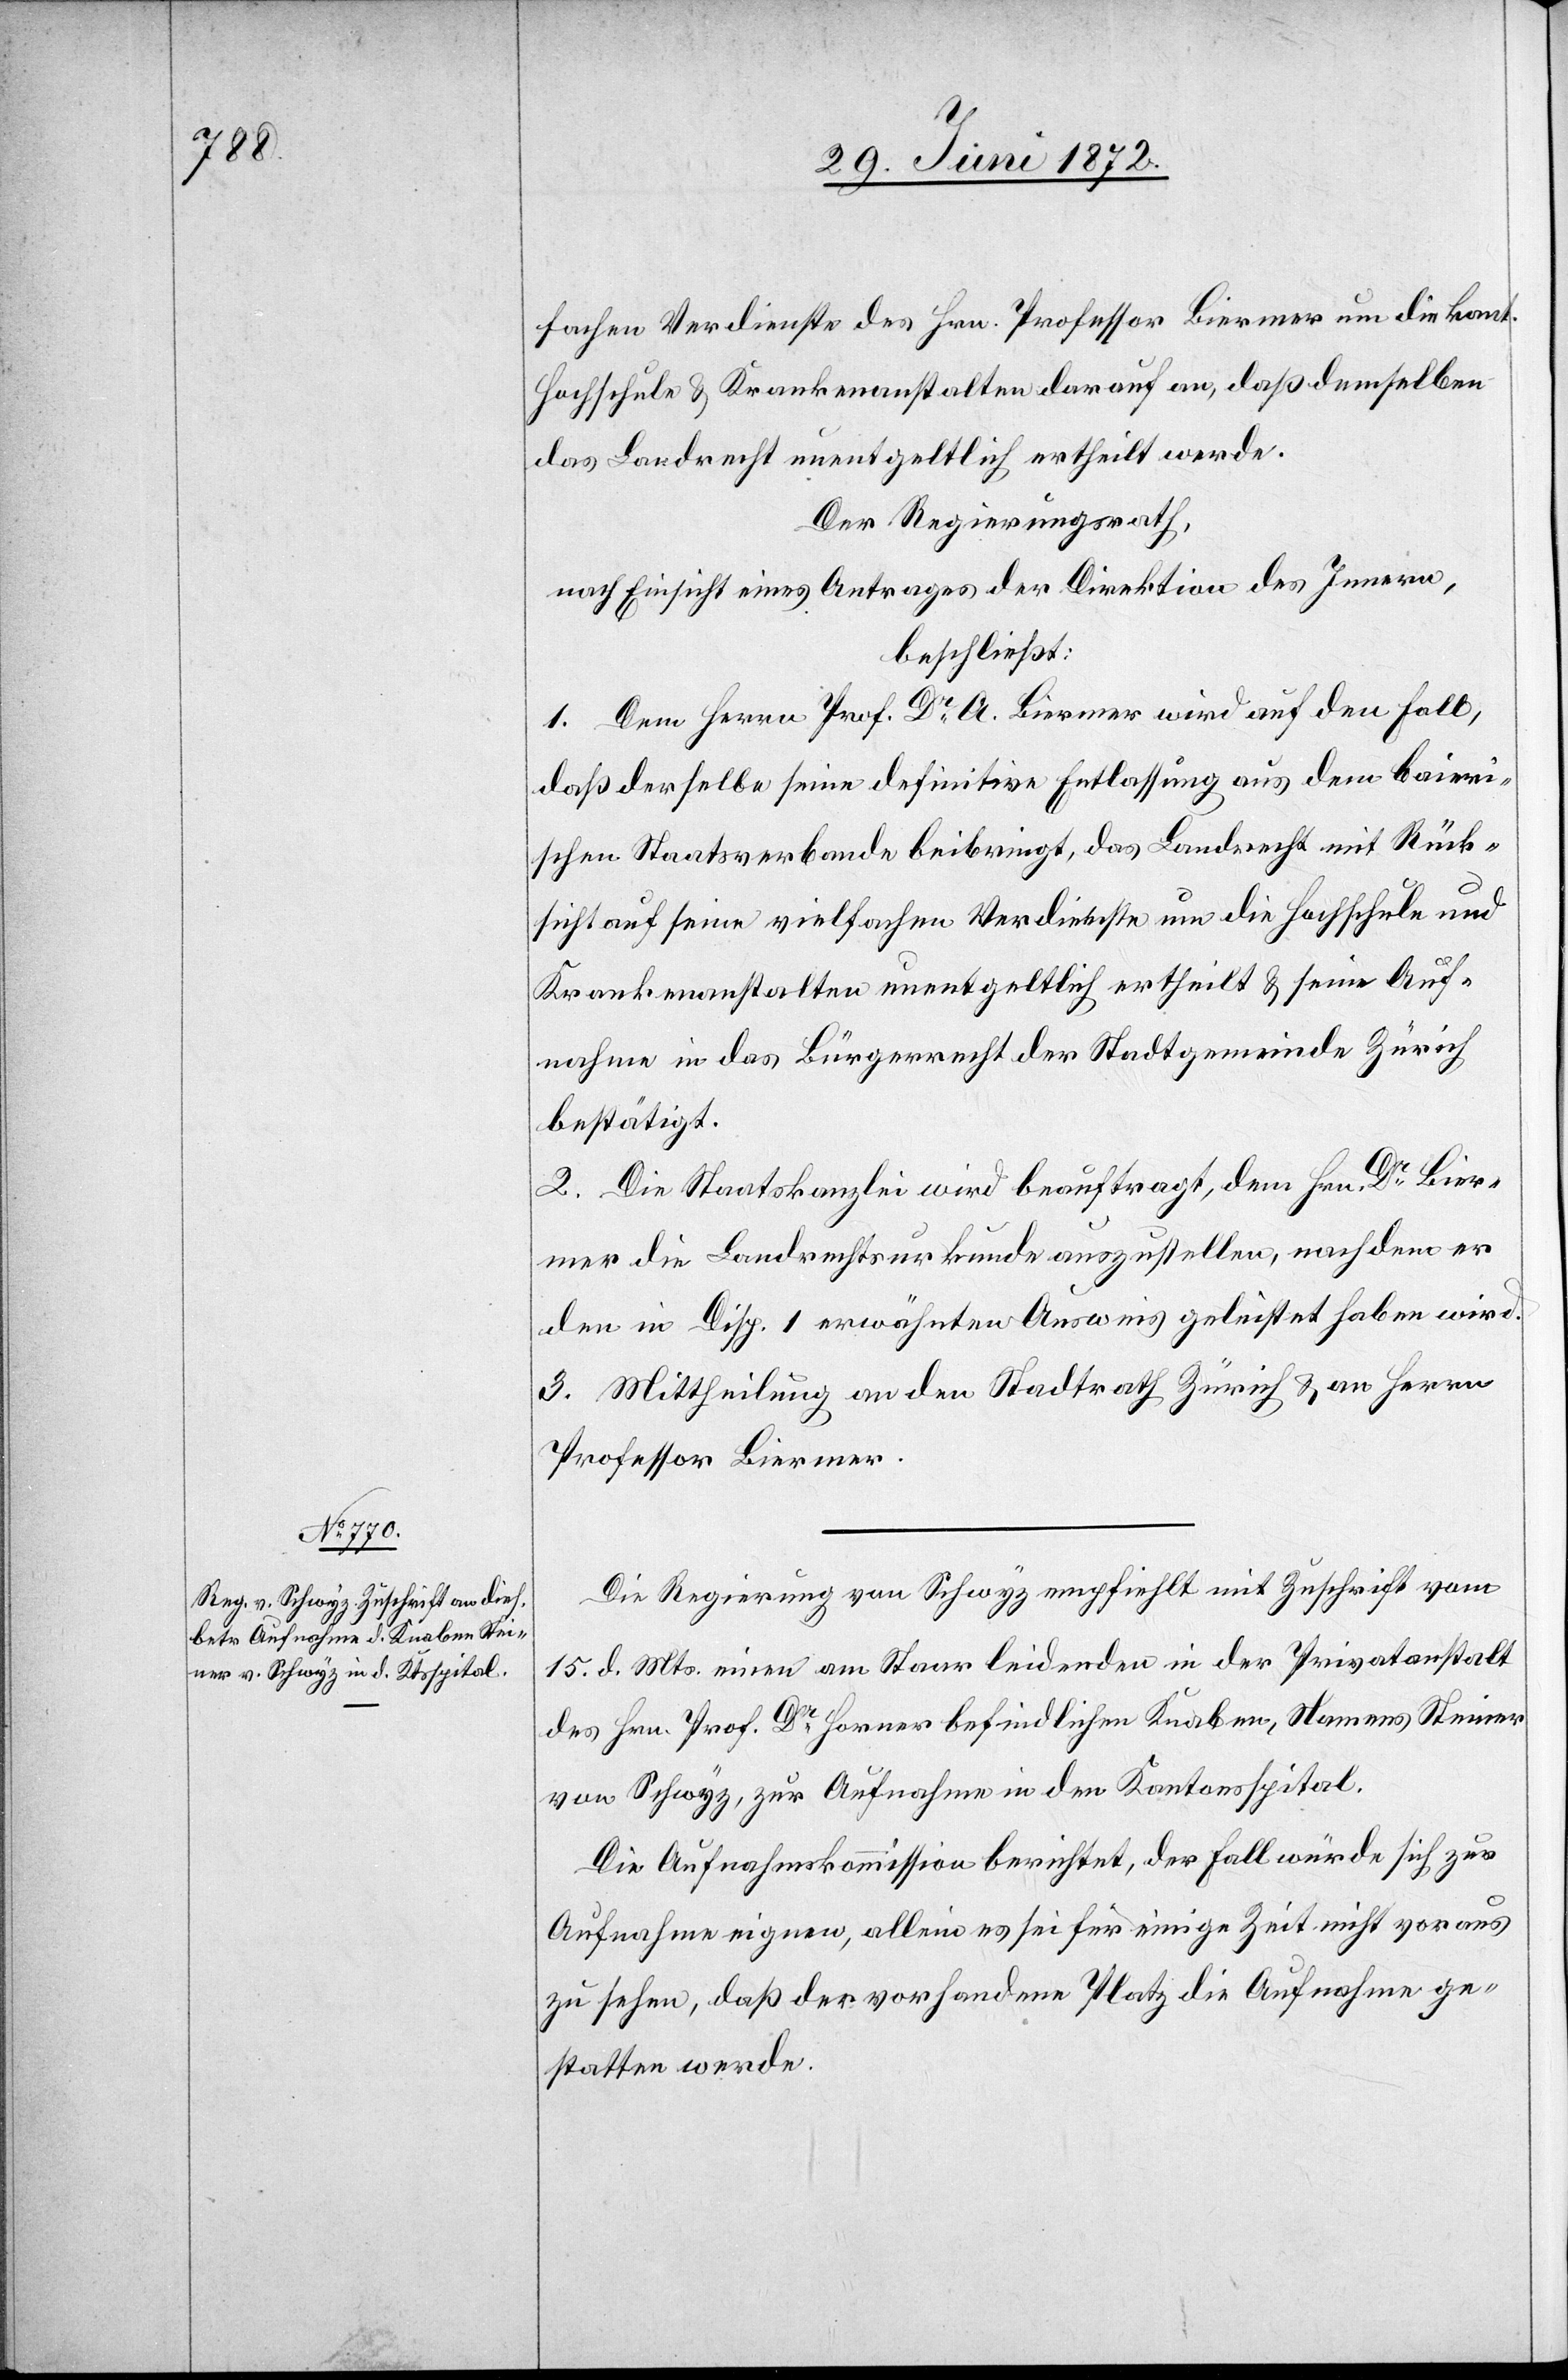
fachen Verdienste des Hrn. Professor Biermer um die kant.
Hochschule u. Krankenanstalten darauf, daß demselben
das Landrecht unentgeltlich ertheilt werde.
Der Regierungsrath,
nach Einsicht eines Antrages der Direktion des Innern,
beschließt:
1. Dem Herrn Prof. Dr A. Biermer wird auf den Fall,
daß derselbe seine definitive Entlassung aus dem baieri¬
schen Staatsverbande beibringt, das Landrecht mit Rück¬
sicht auf seine vielfachen Verdienste um die Hochschule und
Krankenanstalten unentgeltlich ertheilt u. seine Auf¬
nahme in das Bürgerrecht der Stadtgemeinde Zürich
bestätigt.
2. Die Staatskanzlei wird beauftragt, dem Hrn. Dr Bier¬
mer die Landrechtsurkunde auszustellen, nachdem er
den in Disp. 1 erwähnten Ausweis geleistet haben wird.
3. Mittheilung an den Stadtrath Zürich u. an Herrn
Professor Biermer.
Die Regierung von Schwyz empfiehlt mit Zuschrift vom
15. d. Mts. einen am Staar [sic!] leidenden in der Privatanstalt
des Hrn. Prof. Dr Horner befindlichen Knaben, Namens Steiner
von Schwyz, zur Aufnahme in den Kantonsspital.
Die Aufnahmskommission berichtet, der Fall würde sich zur
Aufnahme eigenen, allein es sei für einige Zeit nicht voraus
zu sehen, daß der vorhandene Platz die Aufnahme ge¬
statten werde.